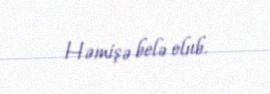
Həmişə belə olub.